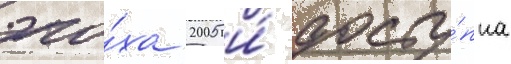
эпо́ха 2005 и́ досту́пна